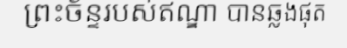
ព្រះច័ន្ទរបស់ឥណ្ឌា បានឆ្លងផុត